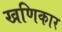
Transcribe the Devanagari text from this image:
खणिकार